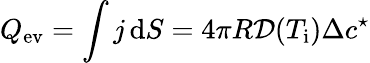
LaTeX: Q_{\mathrm{ev}}=\int j\, \mathrm{d}S=4\pi R\mathcal{D}(T_{\mathrm{i}})\Delta c^{\star}